system: You are a helpful assistant.
user:
Analyze the provided spectrum to determine if it is a **S-type Star**.

- **Key Indicators for S-type Star:**

    - **(Overall Spectrum Shape):** The first and most obvious characteristic is the overall continuum (the "baseline" shape). It is **extremely "red-sloping,"** meaning the flux (light intensity) is very low on the left side (blue, ~4000-4500 Å) and rises steeply and continuously toward the right side (red, ~7000 Å+).

    - **(Primary):** The spectrum is defined by the presence of strong, broad molecular absorption "valleys" (bands) from **Zirconium Oxide (ZrO)**. The identification of these bands is the **primary requirement** for classifying a star as S-type.
        - **(Key Bandheads):** You must find distinct, deep "dips" where the light has been absorbed. The most critical band systems to locate are:
            - **~6474 Å** ($\gamma$-system): This is often the strongest and clearest ZrO feature, found in the red part of the spectrum.
            - **~5718 Å** & **~5551 Å** ($\beta$-system): A pair of prominent absorption features in the yellow-orange part of the spectrum.
            - **~4640 Å** ($\alpha$-system): A key absorption band system in the blue-green region of the spectrum.

    - **(Secondary Confirmation):** The classification is strengthened by finding additional absorption bands from other related heavy element oxides, which are expected to be present alongside ZrO.
        - **(Key Bandheads):**
            - **Yttrium Oxide (YO):** Look for absorption dips near **~4800 Å** and **~6100 Å**.
            - **Lanthanum Oxide (LaO):** Additional absorption features, particularly in the red-orange part of the spectrum, are also characteristic.

    - **(Line Profile):** The combination of the steep red continuum and these numerous, deep molecular bands (ZrO, YO, etc.) gives the entire spectrum a very **"chopped-up"** or **"bumpy"** appearance. Instead of a smooth curve, the spectrum looks as though large, wide chunks of light have been "carved out" of it at the specific wavelengths listed above.

Think first, call **spectral_visualization_tool** if needed to examine features in detail, then provide your final answer. Your response must adhere to the following strict rules:
1.  **Overall Structure:** Your response must follow the format `<think>...</think> <tool_call>...</tool_call> (if a tool is used) <answer>...</answer>`.
2.  **Tool Usage Constraint:** You may only make **one** tool call per turn.
3.  **Final Answer Format:** In the `<answer>` tag, your conclusion must be inside a `\boxed{}` command (e.g., `\boxed{YES}` or `\boxed{NO}`), followed by your justification.

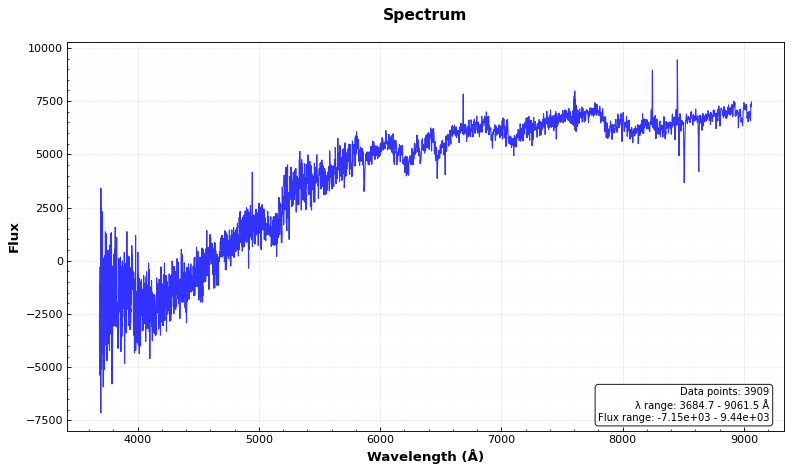
Answer: NO